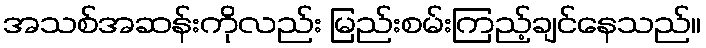
အသစ်အဆန်းကိုလည်း မြည်းစမ်းကြည့်ချင်နေသည်။